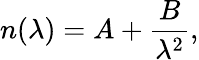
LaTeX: n(\lambda)=A+{\frac{B}{\lambda^{2}}},